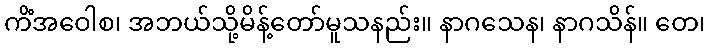
ကိံအဝေါစ၊ အဘယ်သို့မိန့်တော်မူသနည်း။ နာဂသေန၊ နာဂသိန်။ တေ၊